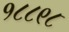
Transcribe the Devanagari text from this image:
१८८९८